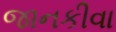
જાનકીવા